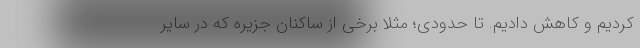
کردیم و کاهش دادیم. تا حدودی؛ مثلا برخی از ساکنان جزیره که در سایر